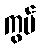
ကွပ်